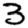
Digit: 3